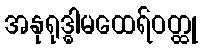
အနုရုဒ္ဓါမထေရ်ဝတ္ထု